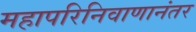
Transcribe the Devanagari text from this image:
महापरिनिवाणानंतर